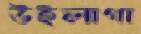
উইলাগা